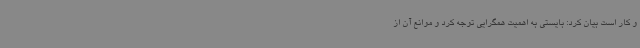
و کار است بیان کرد: بایستی به اهمیت همگرایی توجه کرد و موانع آن از